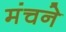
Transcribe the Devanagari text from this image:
मंचने